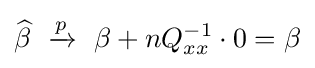
{\widehat {\beta }}\ \xrightarrow {p} \ \beta +nQ_{xx}^{-1}\cdot 0=\beta